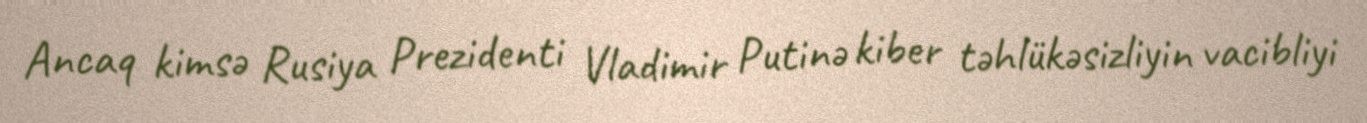
Ancaq kimsə Rusiya Prezidenti Vladimir Putinə kiber təhlükəsizliyin vacibliyi